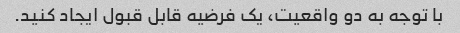
با توجه به دو واقعیت، یک فرضیه قابل قبول ایجاد کنید.